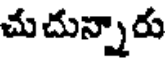
చుచున్నారు